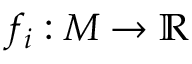
f _ { i } : M \to \mathbb { R }